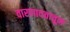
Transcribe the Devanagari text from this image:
वारणावतातून